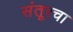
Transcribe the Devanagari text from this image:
संतूरचा